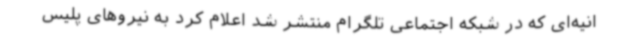
انیه‌ای که در شبکه اجتماعی تلگرام منتشر شد اعلام کرد به نیروهای پلیس